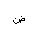
Letter: _dad